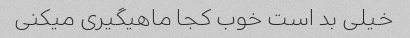
خیلی بد است خوب کجا ماهیگیری میکنی